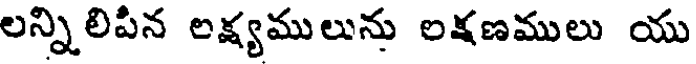
లన్నిలిపిన లక్ష్యములును లక్షణములు యు